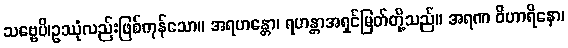
သဗ္ဗေပိ၊ဥဿုံလည်းဖြစ်ကုန်သော။ အရဟန္တော၊ ရဟန္တာအရှင်မြတ်တို့သည်။ အရဏ ဝိဟာရိနော၊